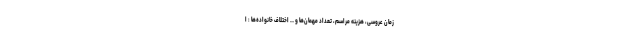
زمان عروسی، هزینه مراسم، تعداد مهمان‌ها و … اختلاف خانواده‌ها : ا